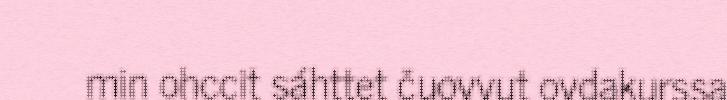
min ohccit sáhttet čuovvut ovdakurssa